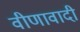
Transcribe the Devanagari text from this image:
वीणावादी